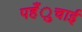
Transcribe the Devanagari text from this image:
पहँुचाई